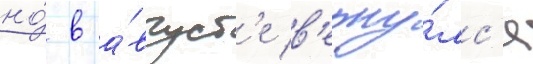
но́ в а́вгуст'е в'ерну́лс'я